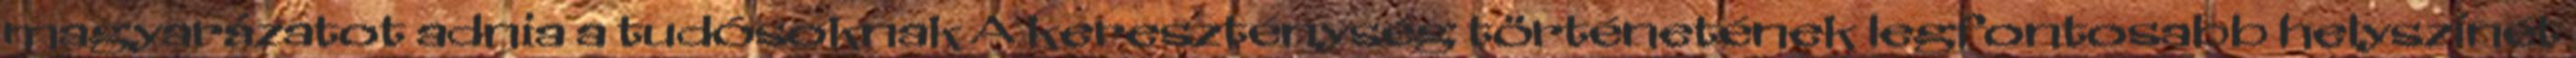
magyarázatot adnia a tudósoknak A kereszténység történetének legfontosabb helyszínét